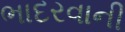
ભાદરવાની